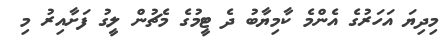
މިދިޔަ އަހަރުގެ އެންމެ ކާމިޔާބު ދެ ޓީމުގެ މެޗުން ލީގު ފަށާއިރު މި